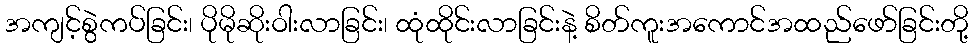
အကျင့်စွဲကပ်ခြင်း၊ ပိုမိုဆိုးဝါးလာခြင်း၊ ထုံထိုင်းလာခြင်းနဲ့ စိတ်ကူးအကောင်အထည်ဖော်ခြင်းတို့